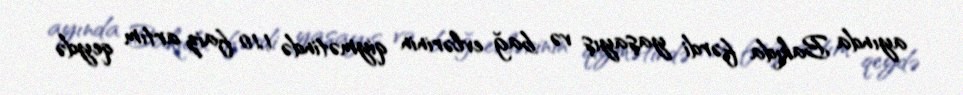
ayında Bakıda fərdi yaşayış və bağ evlərinin qiymətində 1,10 faiz artım qeydə